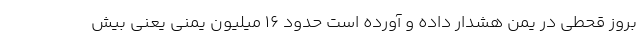
بروز قحطی در یمن هشدار داده و آورده است حدود 16 میلیون یمنی یعنی بیش